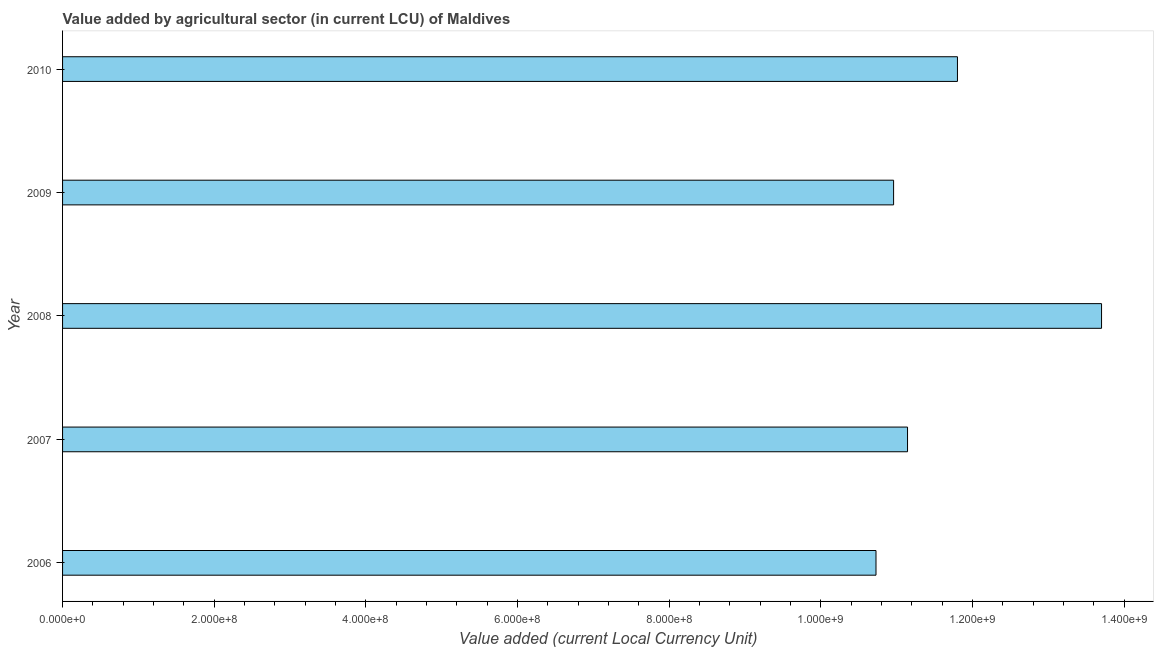
| Year | Agriculture |
 | --- | --- |
 | 2006 | 1.07e+09 |
 | 2007 | 1.11e+09 |
 | 2008 | 1.37e+09 |
 | 2009 | 1.1e+09 |
 | 2010 | 1.18e+09 |